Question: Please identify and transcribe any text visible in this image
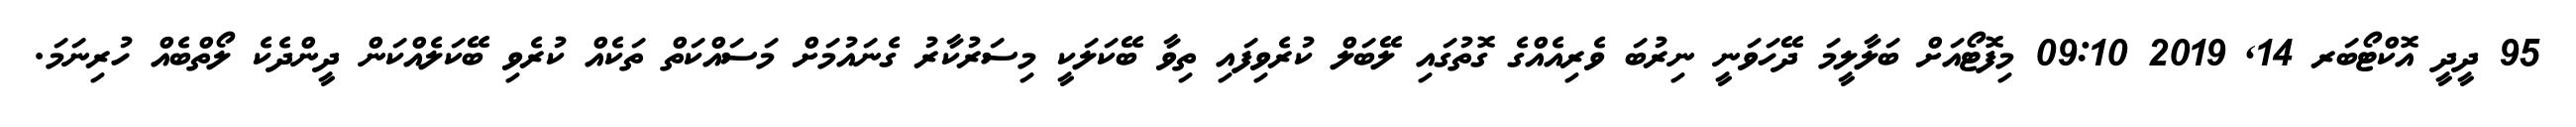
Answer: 95 ދީދީ އޮކްޓޯބަރ 14, 2019 09:10 މިފޮޓޯއަށް ބަލާލީމަ ދޭހަވަނީ ނިރުބަ ވެރިއެއްގެ ގޮތުގައި ލޭބަލް ކުރެވިފައި ތިވާ ބޭކަލަކީ މިސަރުކާރު ގެނައުމަށް މަސައްކަތް ތަކެއް ކުރެވި ބޭކަލެއްކަން ދީންދެކެ ލޯތްބެއް ހުރިނަމަ.